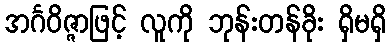
အင်္ဂဝိဇ္ဇာဖြင့် လူကို ဘုန်းတန်ခိုး ရှိမရှိ